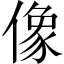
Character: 像